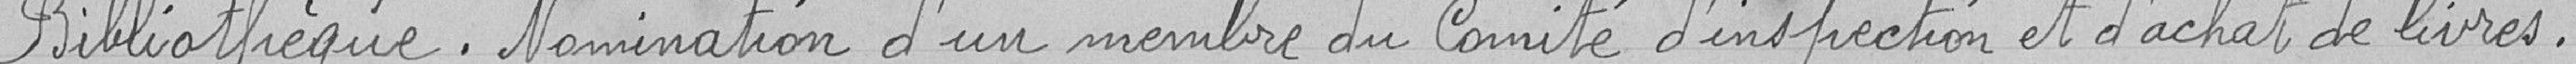
Bibliothèque. Nomination d'un membre du Comité d'inspection et d'achat de livres.